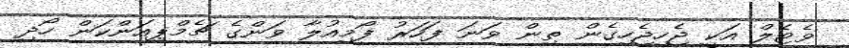
ވެޓެލް އަކީ ޖެހިޖެހިގެން ތިން ވަނަ ފަހަރު ފޯމިއުލާ ވަންގެ ޗެމްޕިއަންކަން ހޯދި